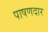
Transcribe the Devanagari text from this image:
पाषणदार